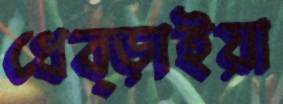
ধেব্‌ড়াইয়া